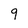
Character: 9